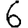
Digit: 6